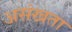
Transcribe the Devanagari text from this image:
असंखता